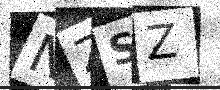
Text: NZSZ